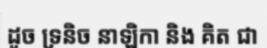
ដូច ទ្រនិច នាឡិកា និង គិត ជា